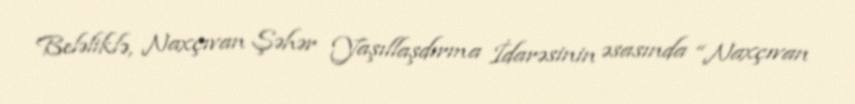
Beləliklə, Naxçıvan Şəhər Yaşıllaşdırma İdarəsinin əsasında “Naxçıvan